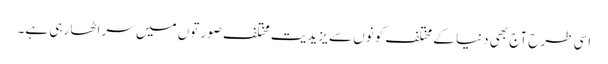
اسی طرح آج بھی دنیا کے مختلف کونوں سے یزیدیت مختلف صورتوں میں سر اٹھا رہی ہے۔